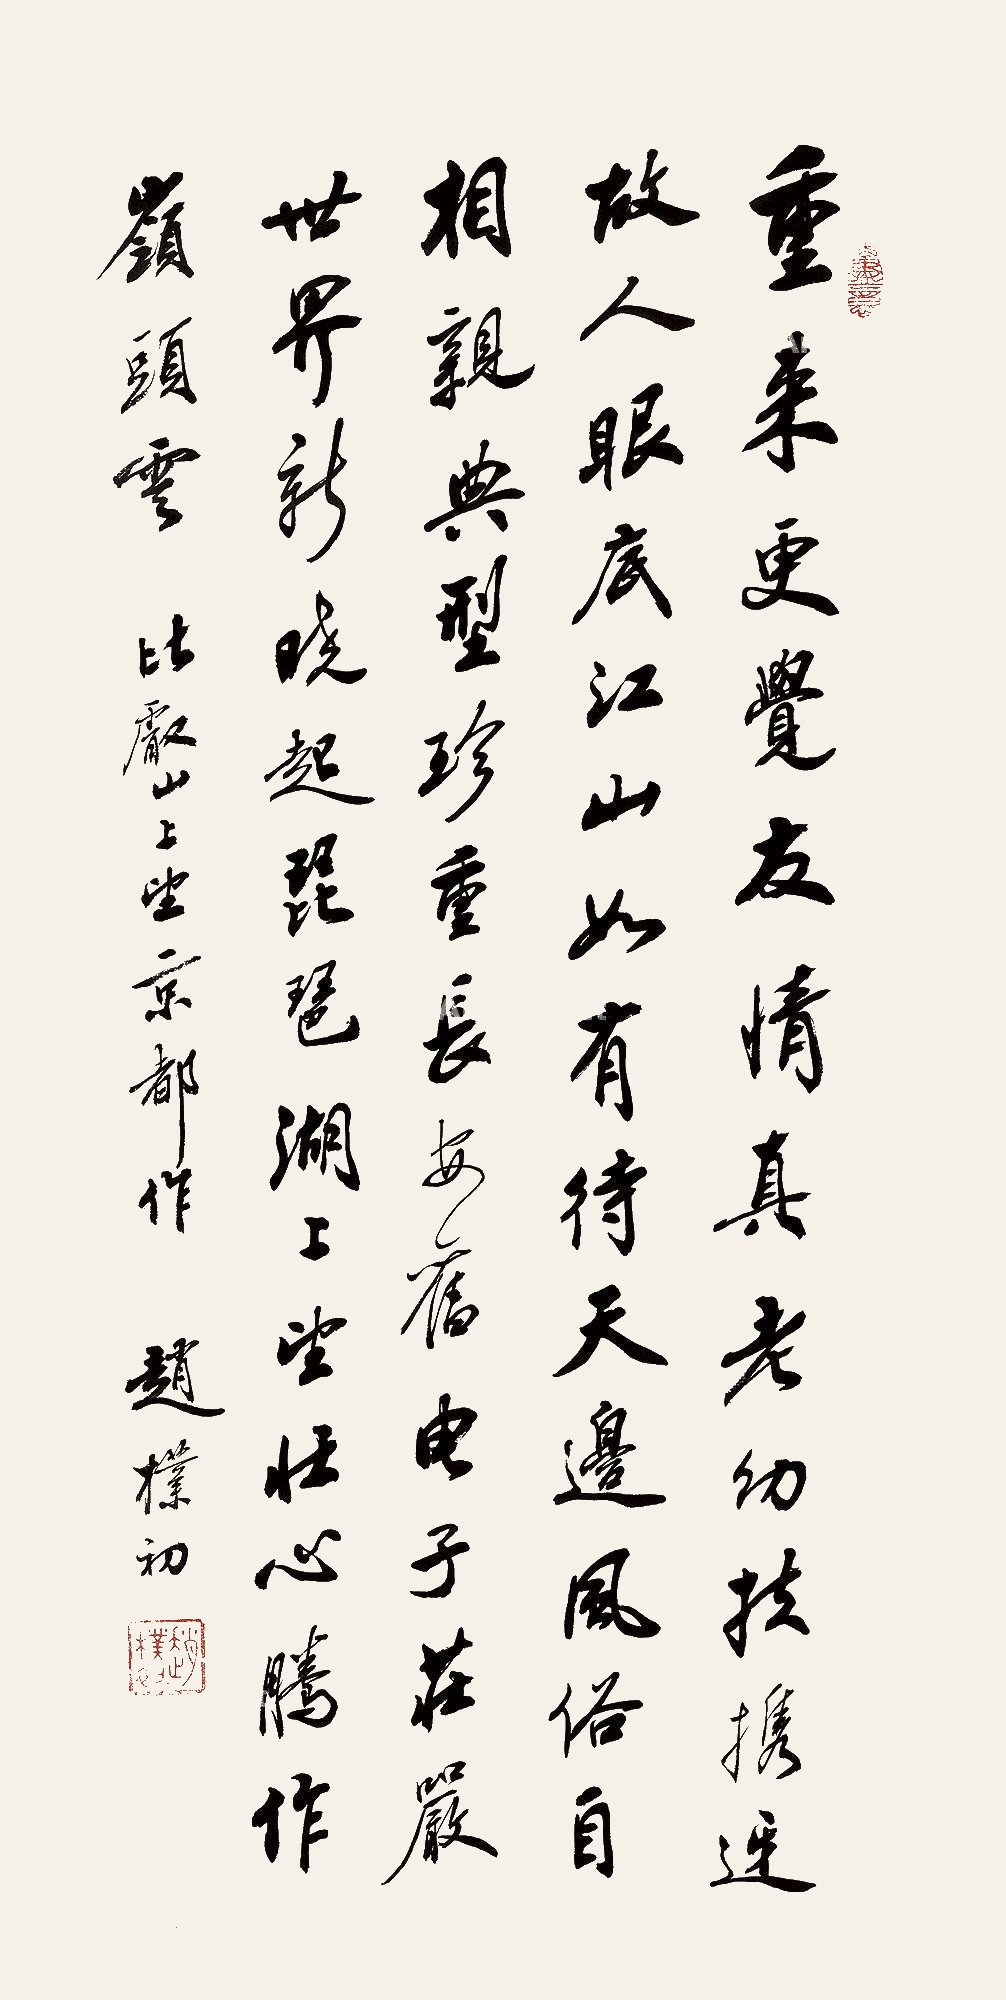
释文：重来更觉友情真，老幼扶携迓故人。眼底江山如有待，天边风俗自相亲。典型珍重长安旧，电子庄严世界新。晓起琵琶湖上望，壮心腾作岭头云。比叡山上望京都作，赵朴初。